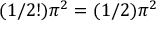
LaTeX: ( 1 / 2 ! ) \pi ^ { 2 } = ( 1 / 2 ) \pi ^ { 2 }